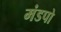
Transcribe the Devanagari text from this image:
मंडपो